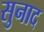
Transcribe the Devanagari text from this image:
सुनाद